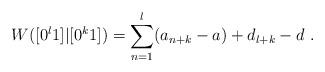
LaTeX: \begin{align*}W([0^l1]|[0^k1]) = \sum_{n=1}^l (a_{n+k} - a) + d_{l+k} - d \ .\end{align*}